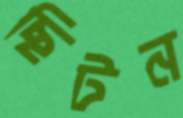
ছিটন